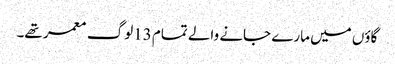
گاؤں میں مارے جانے والے تمام 13لوگ معمر تھے۔